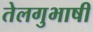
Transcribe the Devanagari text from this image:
तेलगुभाषी